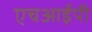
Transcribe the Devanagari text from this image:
एचआईपी